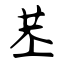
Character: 苤